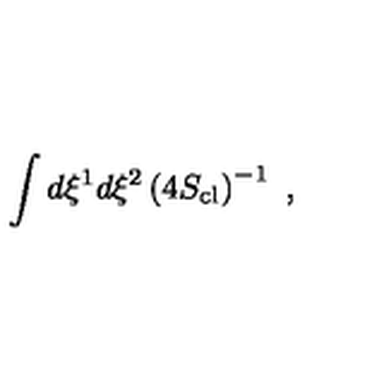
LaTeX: \int d \xi ^ { 1 } d \xi ^ { 2 } \left( 4 S _ { \mathrm { c l } } \right) ^ { - 1 } \ ,